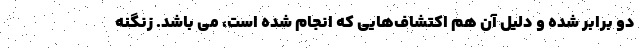
دو برابر شده و دلیل آن هم اکتشاف‌هایی که انجام شده است، می باشد. زنگنه